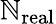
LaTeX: \mathbb{N}_{\mathrm{{real}}}